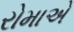
રોમાએ